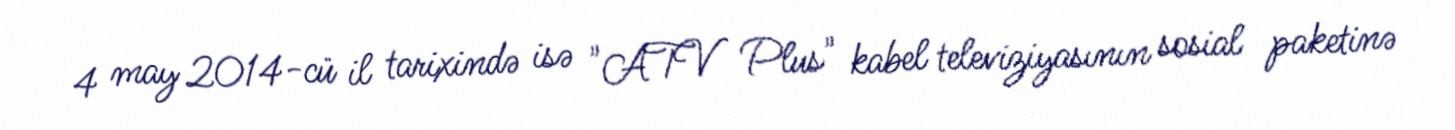
4 may 2014-cü il tarixində isə "ATV Plus" kabel televiziyasının sosial paketinə